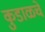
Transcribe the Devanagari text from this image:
कुडाळचे